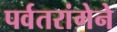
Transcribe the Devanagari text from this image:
पर्वतरांगेने